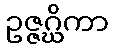
ဥဇ္ဇဂ္ဃိကာ